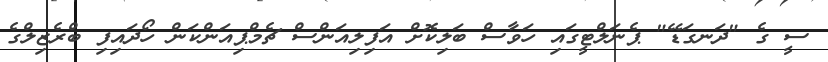
ސީ ގެ "ދަނގަޑޭ" ޕެނަލްޓީގައި ހަވާސް ބަލިކޮށް އަފިލިއަންސް ޗެމްޕިއަންކަން ހޯދައިފި ބްރެޒިލްގެ